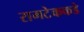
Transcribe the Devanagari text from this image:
रामटेककडे